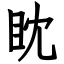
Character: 眈